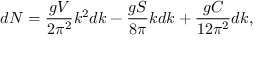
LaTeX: d N = { \frac { g V } { 2 \pi ^ { 2 } } } k ^ { 2 } d k - { \frac { g S } { 8 \pi } } k d k + { \frac { g C } { 1 2 { \pi ^ { 2 } } } } d k ,